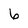
Character: 6